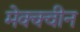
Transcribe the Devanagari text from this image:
मेक्क्वीन